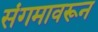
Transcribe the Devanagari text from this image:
संगमावरून